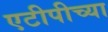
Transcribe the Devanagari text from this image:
एटीपीच्या